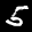
Label: 5